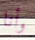
وأنا